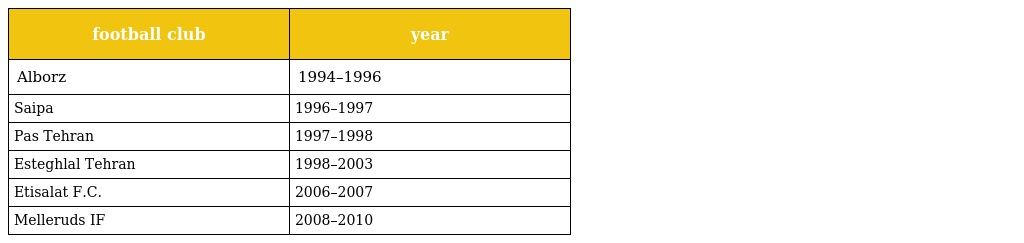
| football club | year |
 | --- | --- |
 | Alborz | 1994–1996 |
 | Saipa | 1996–1997 |
 | Pas Tehran | 1997–1998 |
 | Esteghlal Tehran | 1998–2003 |
 | Etisalat F.C. | 2006–2007 |
 | Melleruds IF | 2008–2010 |